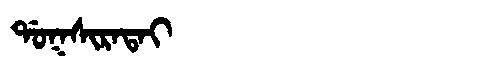
Manchu: ᡩᠣᡴᠰᡳᡵᠠᡨᠠᡳ
Romanization: DOKSIRATAI